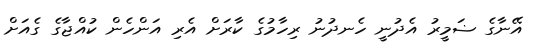
އޭނާގެ ޟަމީރު އެދުނީ ހެނދުނު ރިހާމުގެ ކާރަށް އެރި އަންހެން ކުއްޖާގެ ގެއަށް